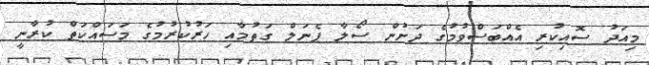
މިއަދު ސޮއިކުރި އެއްބަސްވުމުގެ ދަށުން ސޯލާ ޕެނަލް ގަތުމާއި ހަރުކުރުމުގެ މަސައްކަތް ކުރާނީ